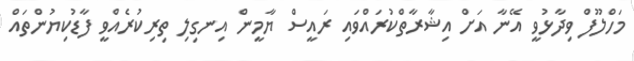
މަހްލޫފް ވިދާޅުވީ އޭނާ އަށް އިޝާރާތްކުރައްވައި ރައީސް ޔާމީން އިނގިލި ތިރިކުރެއްވީ ފާޑުކިޔުންތައް